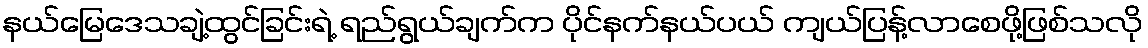
နယ်မြေဒေသချဲ့ထွင်ခြင်းရဲ့ ရည်ရွယ်ချက်က ပိုင်နက်နယ်ပယ် ကျယ်ပြန့်လာစေဖို့ဖြစ်သလို